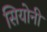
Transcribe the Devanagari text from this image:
सियोनी